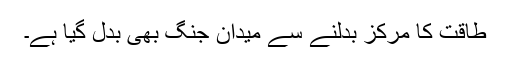
طاقت کا مرکز بدلنے سے میدانِ جنگ بھی بدل گیا ہے۔